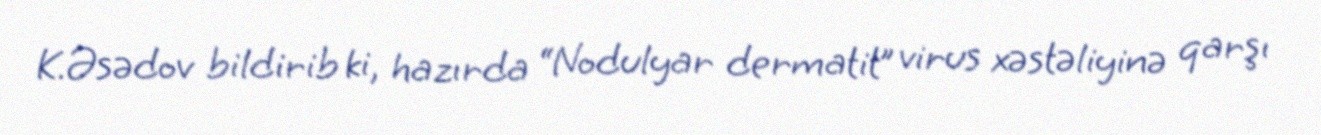
K.Əsədov bildirib ki, hazırda “Nodulyar dermatit” virus xəstəliyinə qarşı